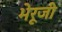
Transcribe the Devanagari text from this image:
भेरूजी